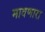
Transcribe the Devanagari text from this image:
मावणारा